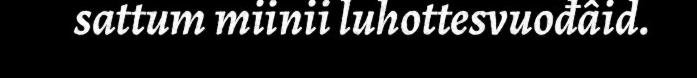
sattum miinii luhottesvuođâid.